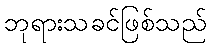
ဘုရားသခင်ဖြစ်သည်